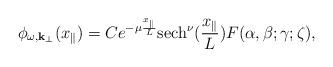
LaTeX: \begin{align*}\phi_{\omega, {\bf k}_{\perp}} (x_{\parallel}) = C e^{- \mu\frac{x_{\parallel}}{L}} {\rm sech}^{\nu}(\frac{x_{\parallel}}{L}) F (\alpha, \beta; \gamma; \zeta),\end{align*}